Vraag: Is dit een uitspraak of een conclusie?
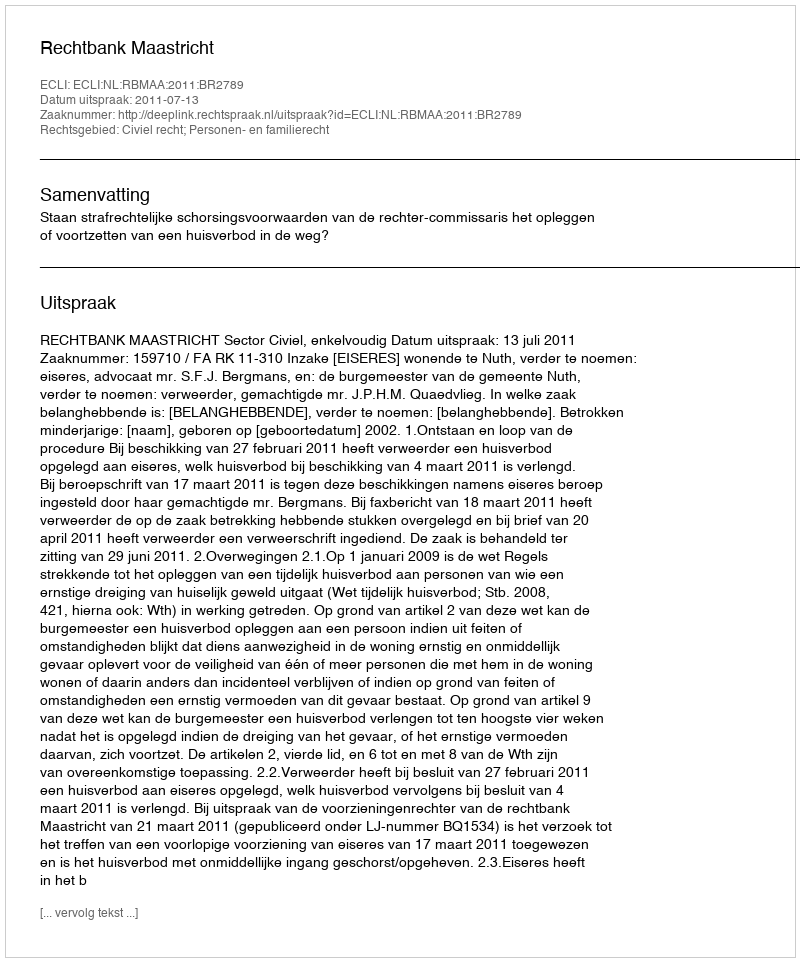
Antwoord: Uitspraak